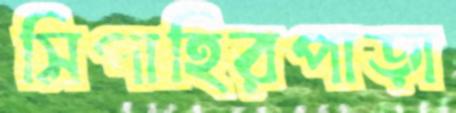
সিপাহিরপাড়া